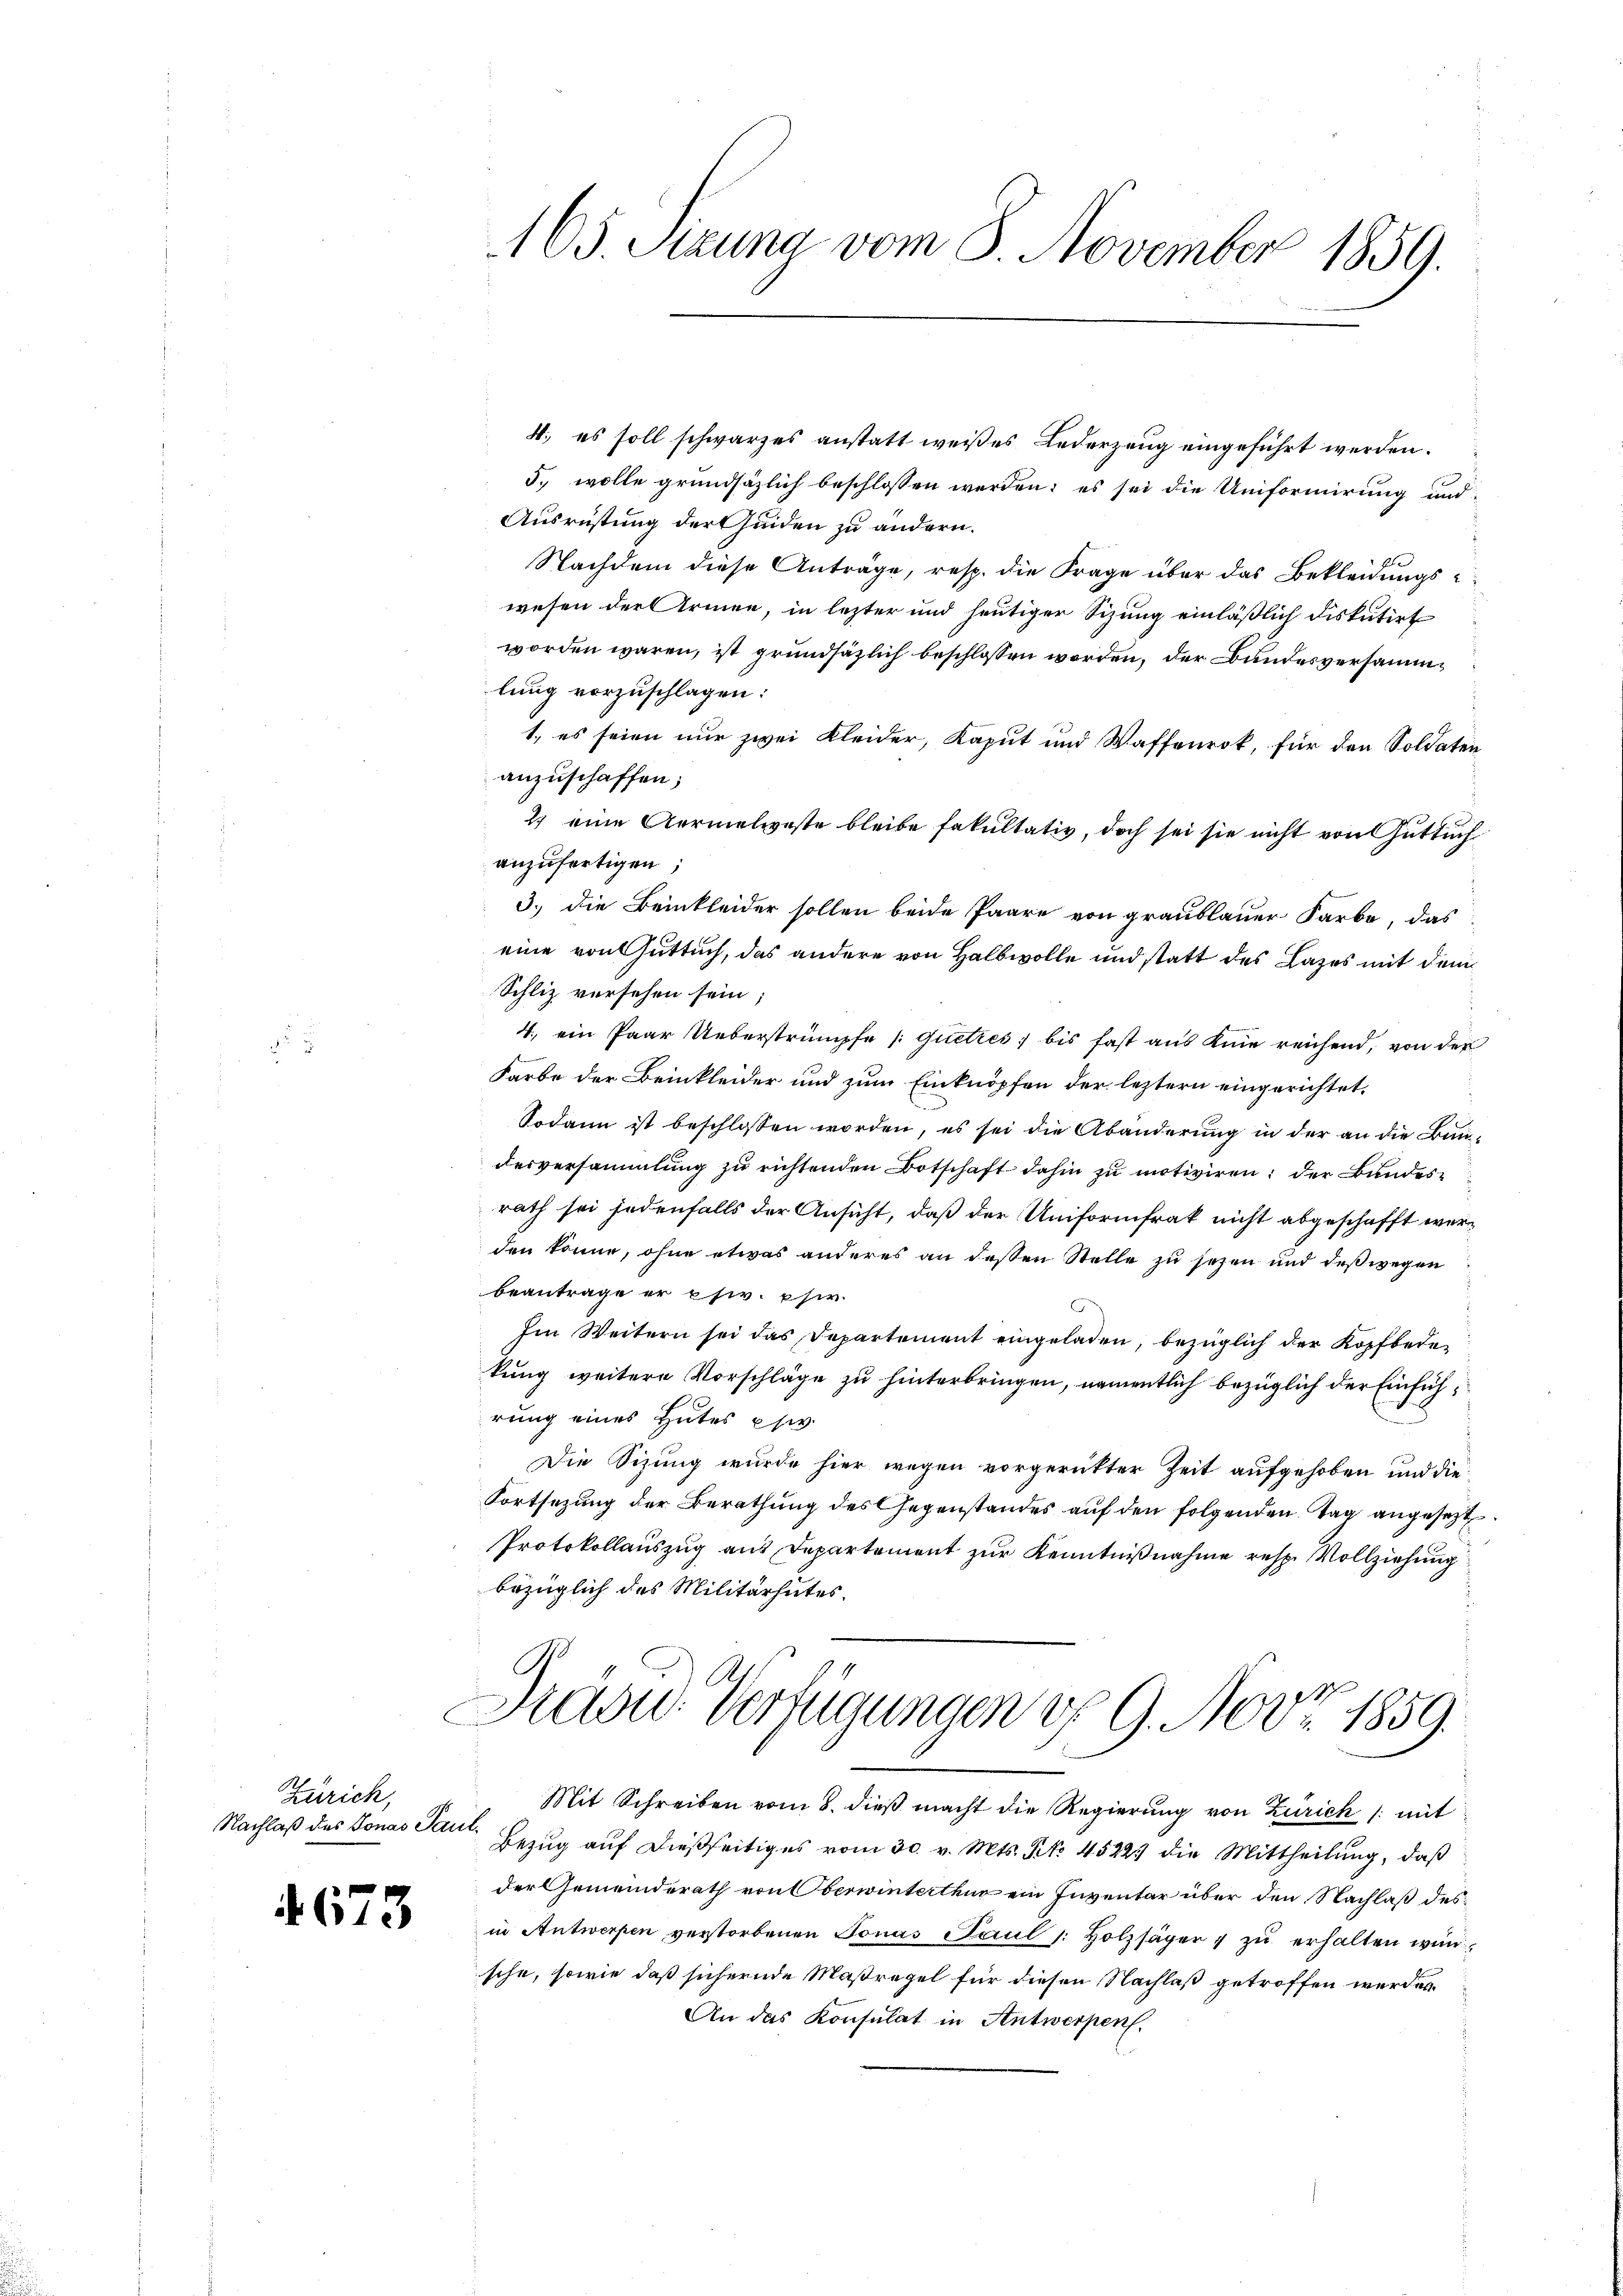
Zürich,
Nachlaß des Jonas Par

4673

165. Secuna vom 8. November 1859.

4., es soll schwarzes anstatt weißes Lederzeug eingeführt werden.
5., wolle grundsätzlich beschlossen werden; es sei die Uniformirung und
Ausrüstung der Guiden zu andern.
Nachdem diese Antrage, resp. die Frage über das Bekleidungs-
wesen der Armen, in lezter und heutiger Sizung einläßlich diskutirt
worden wären, ist grundsätzlich beschlossen worden, der Bundesversammlung vorzuschlagen:
1. es seien nur zwei Kleider, Kaput und Waffenrok, für den Soldaten
anzuschaffen;
2. eine Aermelweste bleibe fakultativ, doch sei sie nicht von Gutsuch
anzufertigen;
3.) Die Beinkleider sollen beide Paare von graublauer Farbe, das
eine von Guttuch, das andere von Halbwolle und statt des Lazes mit dem
Schliz versehen sein;
4. ein Paar Ueberstrümpfe /:quettes, bis fast aus Knie reichend, von der
Farbe der Beinkleider und zum Einknöpfen der leztern eingerichtet,
Sodann ist beschlossen worden, es sei die Abänderŭng in der an die Bundesversammlung zu richtenden Botschaft dahin zu motiviren, der Bundesrath sei jedenfalls der Ansicht, daß der Uniformfrak nicht abgeschafft werden könne, ohne etwas anderes an dessen Stelle zu sezen und deßwegen
beantrage er psiv. phi
Im Weitern sei das Departement eingeladen, bezüglich der Kopfbedekung weitere Vorschläge zu hinterbringen, namentlich bezüglich der Einführung eines Hutes psiv.
Die Sizung wurde hier wegen vorgerückter Zeit aufgehoben und die
Fortsezung der Berathung des Gegenstandes auf den folgenden Tag angesetzt
Protokollauszug aus Departement zur Kenntnißnahme resp. Vollziehung
bezüglich des Militärhutes.
Sasu Verfügungen u. 9. Nov. 1859.

et.

Mit Schreiben vom 8. dieß macht die Regierung von Zürich /: mit
Bezug auf dießseitiges vom 30. v. Mts. Nr. 4522. die Mittheilung, daß
der Gemeinderath von Oberwinterthur ein Inventar über den Nachlaß des
in Antwerpen verstorbenen Jonas Paŭl /: Holzsäger u zŭ erhalten würsche, sowie daß sichernde Maßregel für diesen Nachlaß getroffen werden.
An das Konsulat in Antwerpen.